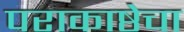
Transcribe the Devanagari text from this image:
पराकाष्ठेचा